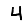
Digit: 4